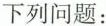
下列问题：